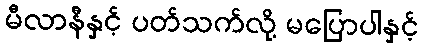
မီလာနီနှင့် ပတ်သက်လို့ မပြောပါနှင့်